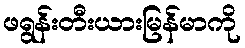
ဖရွန်းတီးယားမြန်မာကို